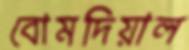
বোমদিয়াল